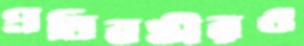
প্রতিবন্ধীরও